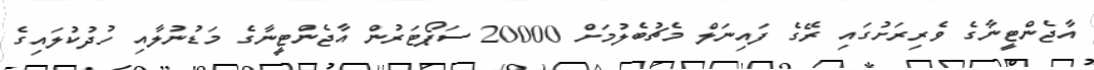
އާޖެންޓީނާގެ ވެރިރަށުގައި ރޭގެ ފައިނަލް މެޗުބެލުމަށް 20000 ސަޕޯޓަރުން އާޖެންޓީނާގެ މަޑުނުލާއި ހުދުކުލައިގެ